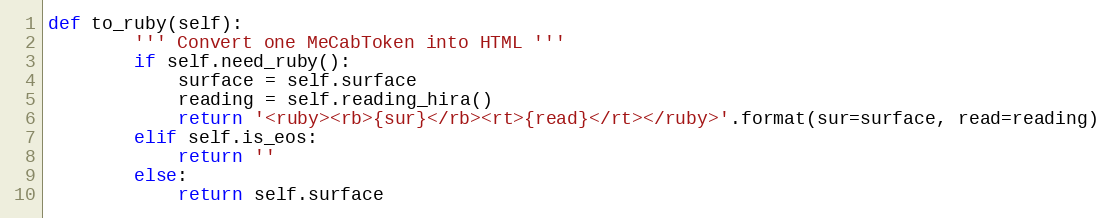
Language: Python
def to_ruby(self):
        ''' Convert one MeCabToken into HTML '''
        if self.need_ruby():
            surface = self.surface
            reading = self.reading_hira()
            return '<ruby><rb>{sur}</rb><rt>{read}</rt></ruby>'.format(sur=surface, read=reading)
        elif self.is_eos:
            return ''
        else:
            return self.surface